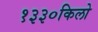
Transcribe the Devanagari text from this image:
१३३०किलो